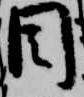
目